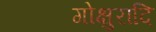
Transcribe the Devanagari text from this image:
गोक्षुरादि